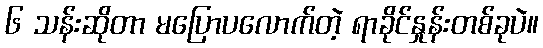
၆ သန်းဆိုတာ မပြောပလောက်တဲ့ ရာခိုင်နှုန်းတစ်ခုပဲ။